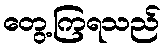
တွေ့ကြရသည်